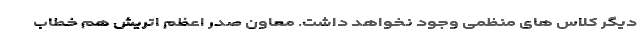
دیگر کلاس های منظمی وجود نخواهد داشت. معاون صدر اعظم اتریش هم خطاب